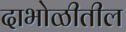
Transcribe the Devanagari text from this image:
दाभोळीतील